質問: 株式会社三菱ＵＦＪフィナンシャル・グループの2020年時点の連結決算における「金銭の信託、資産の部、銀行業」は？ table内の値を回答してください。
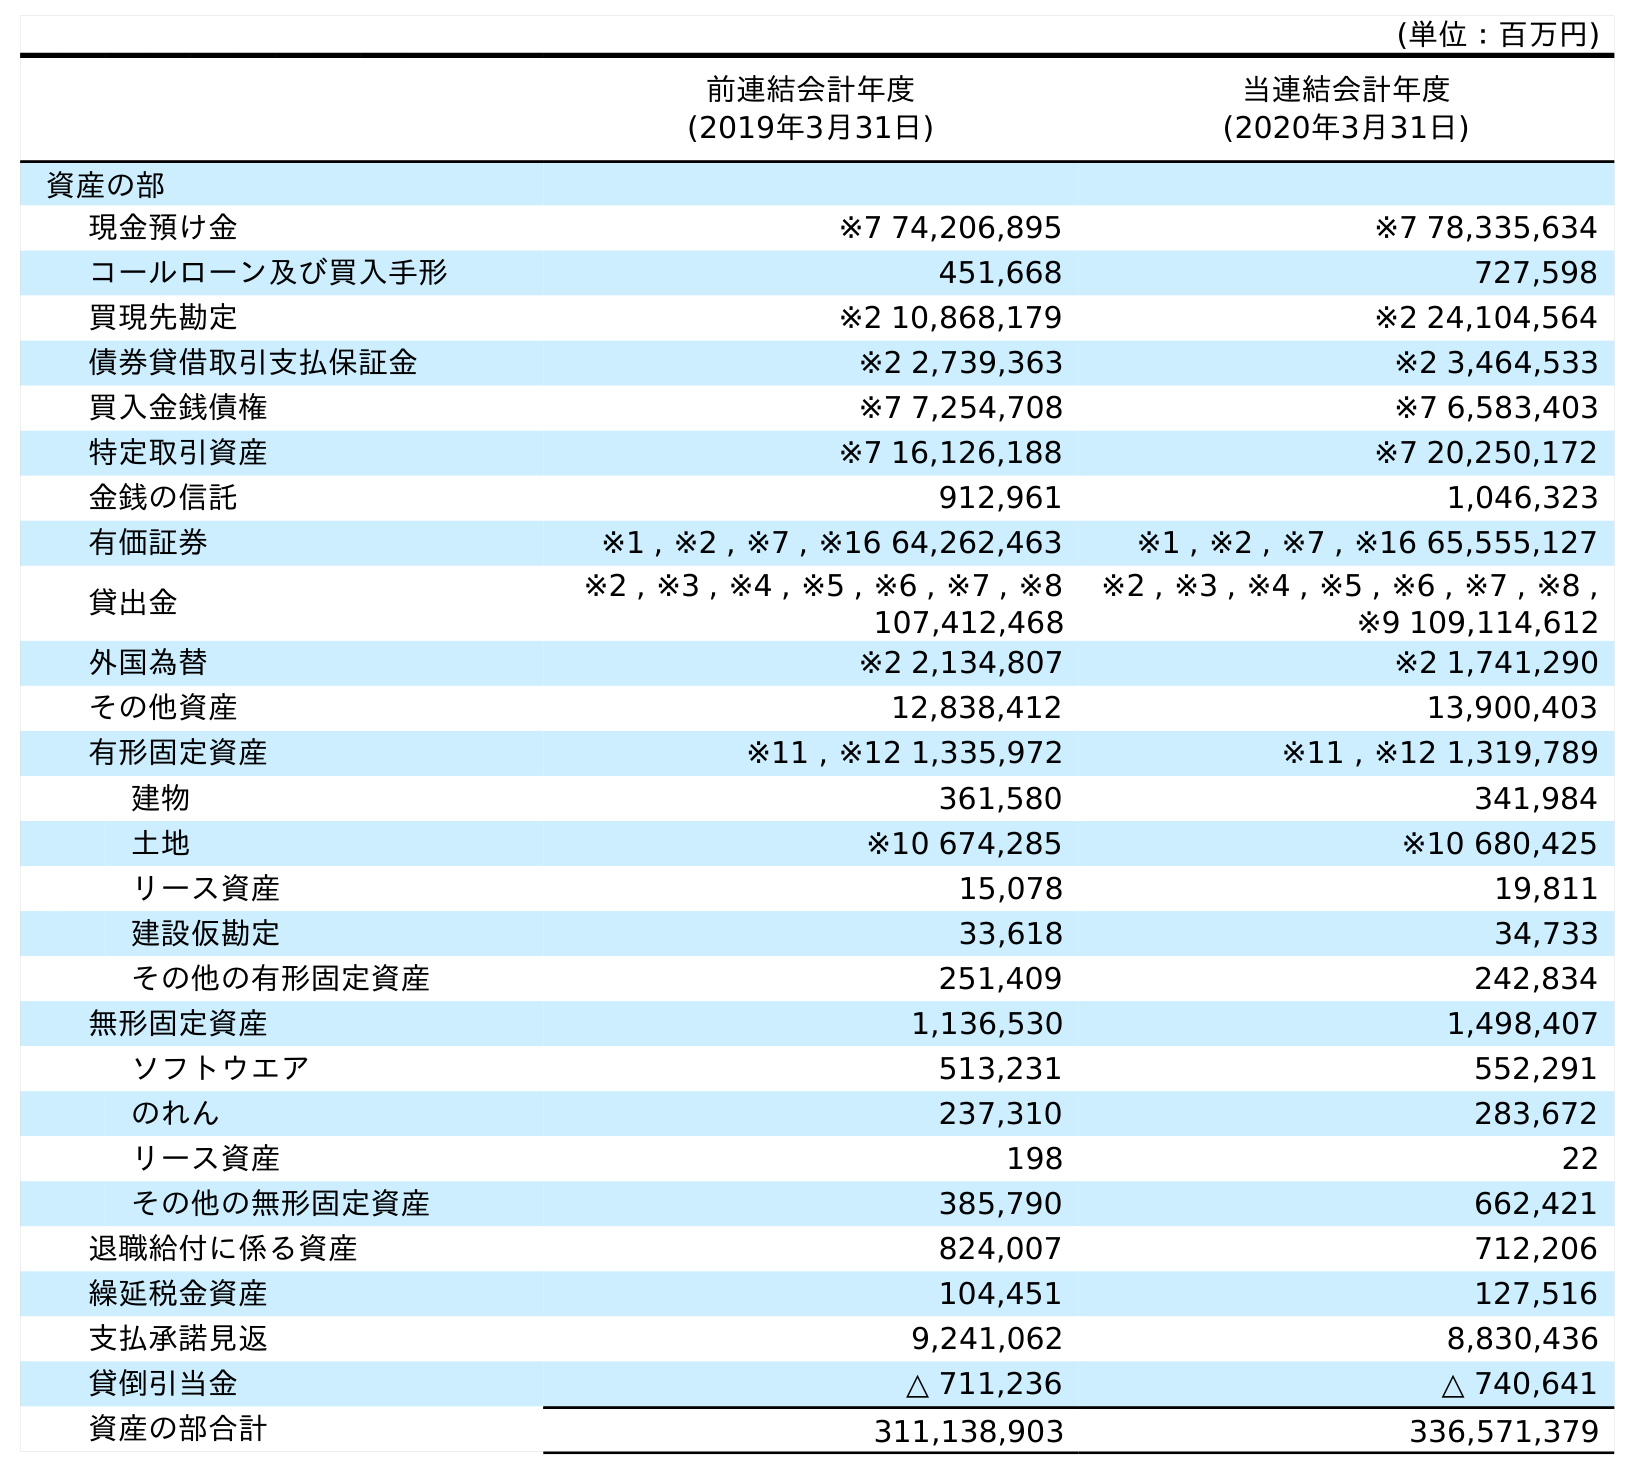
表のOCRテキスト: (単位：百万円) 前連結会計年度 (2019年3月31日) 当連結会計年度 (2020年3月31日) 資産の部 現金預け金 ※7 74,206,895 ※7 78,335,634 コールローン及び買入手形 451,668 727,598 買現先勘定 ※2 10,868,179 ※2 24,104,564 債券貸借取引支払保証金 ※2 2,739,363 ※2 3,464,533 買入金銭債権 ※7 7,254,708 ※7 6,583,403 特定取引資産 ※7 16,126,188 ※7 20,250,172 金銭の信託 912,961 1,046,323 有価証券 ※1 , ※2 , ※7 , ※16 64,262,463 ※1 , ※2 , ※7 , ※16 65,555,127 貸出金 ※2 , ※3 , ※4 , ※5 , ※6 , ※7 , ※8 107,412,468 ※2 , ※3 , ※4 , ※5 , ※6 , ※7 , ※8 , ※9 109,114,612 外国為替 ※2 2,134,807 ※2 1,741,290 その他資産 12,838,412 13,900,403 有形固定資産 ※11 , ※12 1,335,972 ※11 , ※12 1,319,789 建物 361,580 341,984 土地 ※10 674,285 ※10 680,425 リース資産 15,078 19,811 建設仮勘定 33,618 34,733 その他の有形固定資産 251,409 242,834 無形固定資産 1,136,530 1,498,407 ソフトウエア 513,231 552,291 のれん 237,310 283,672 リース資産 198 22 その他の無形固定資産 385,790 662,421 退職給付に係る資産 824,007 712,206 繰延税金資産 104,451 127,516 支払承諾見返 9,241,062 8,830,436 貸倒引当金 △ 711,236 △ 740,641 資産の部合計 311,138,903 336,571,379
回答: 1,046,323